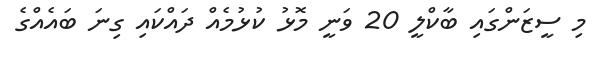
މި ސީޒަންގައި ބާކްލީ 20 ވަނީ މޮޅު ކުޅުމެއް ދައްކައި ގިނަ ބައެއްގެ